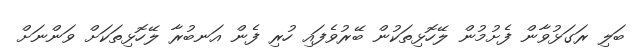
ބަލި ރަގަޅުވާން ފެށުމުން ލޭހޮޅިތަކުން ބޭރުވެފައި ހުރި ފެން އަނބުރާ ލޭހޮޅިތަކަށް ވަންނަށް